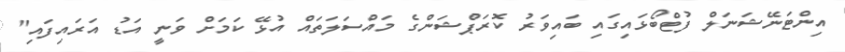
އިންޓަނޭޝަނަލް ފުޓްބޯޅައިގައި ބައިވަރު ކޮރަޕްޝަންގެ މައްސަލަތައް އުޅޭ ކަމަށް ވަނީ އަޑު އަރައިފައި"